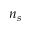
n _ { s }